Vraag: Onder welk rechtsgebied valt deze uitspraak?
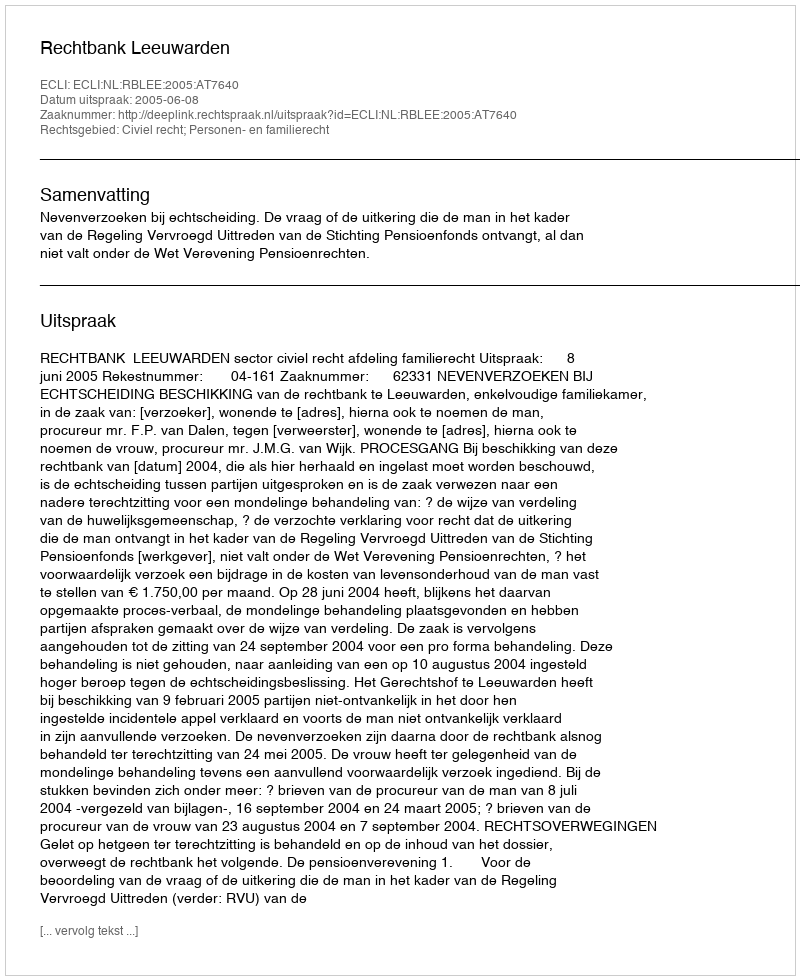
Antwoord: Civiel recht; Personen- en familierecht